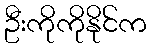
ဦးကိုကိုနိုင်က